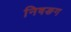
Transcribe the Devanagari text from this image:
निषङग